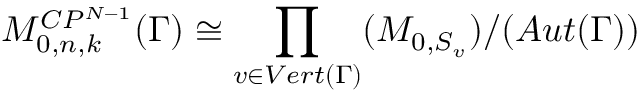
{ \cal M } _ { 0 , n , k } ^ { C P ^ { N - 1 } } ( \Gamma ) \cong \prod _ { v \in V e r t ( \Gamma ) } ( { \cal M } _ { 0 , S _ { v } } ) / ( A u t ( \Gamma ) )